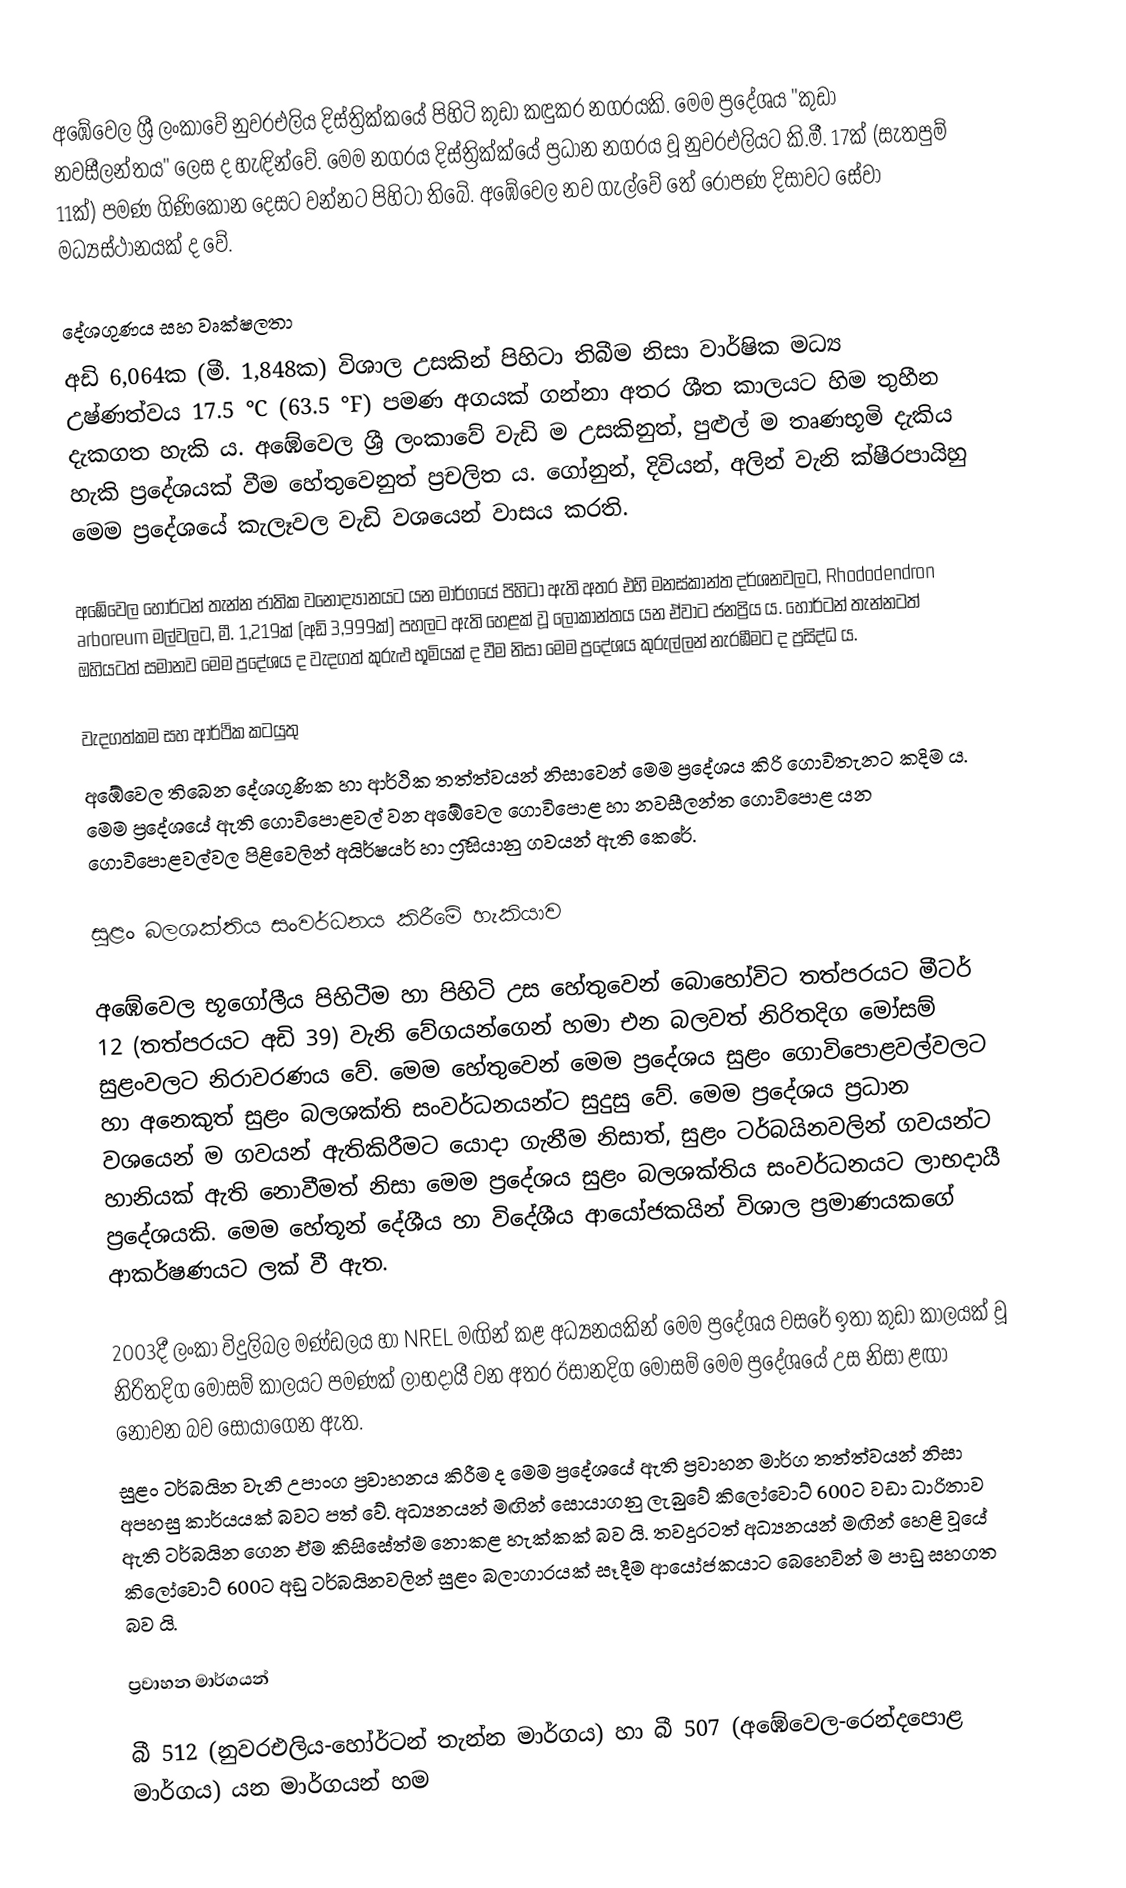
අඹේවෙල ශ්‍රී ලංකාවේ නුවරඑලිය දිස්ත්‍රික්කයේ පිහිටි කුඩා කඳුකර නගරයකි. මෙම ප්‍රදේශය "කුඩා නවසීලන්තය" ලෙස ද හැඳින්වේ. මෙම නගරය දිස්ත්‍රික්ක්යේ ප්‍රධාන නගරය වූ නුවරඑලියට කි.මී. 17ක් (සැතපුම් 11ක්) පමණ ගිණිකොන දෙසට වන්නට පිහිටා තිබේ. අඹේවෙල නව ගැල්වේ තේ රෝපණ දිසාවට සේවා මධ්‍යස්ථානයක් ද වේ.

දේශගුණය සහ වෘක්ෂලතා
අඩි 6,064ක (මී. 1,848ක) විශාල උසකින් පිහිටා තිබීම නිසා වාර්ෂික මධ්‍ය උෂ්ණත්වය 17.5 °C (63.5 °F) පමණ අගයක් ගන්නා අතර ශීත කාලයට හිම තුහීන දැකගත හැකි ය. අඹේවෙල ශ්‍රී ලංකාවේ වැඩි ම උසකිනුත්, පුළුල් ම තෘණභූමි දැකිය හැකි ප්‍රදේශයක් වීම හේතුවෙනුත් ප්‍රචලිත ය. ගෝනුන්, දිවියන්, අලින් වැනි ක්ෂීරපායිහු මෙම ප්‍රදේශයේ කැලෑවල වැඩි වශයෙන් වාසය කරති.

අඹේවෙල හෝර්ටන් තැන්න ජාතික වනෝද්‍යානයට යන මාර්ගයේ පිහිටා ඇති අතර එහි මනස්කාන්ත දර්ශනවලට, Rhododendron arboreum මල්වලට, මී. 1,219ක් (අඩි 3,999ක්) පහලට ඇති හෙළක් වූ ලෝකාන්තය යන ඒවාට ජනප්‍රිය ය. හෝර්ටන් තැන්නටත් ඔහියටත් සමානව මෙම ප්‍රදේශය ද වැදගත් කුරුළු භූමියක් ද වීම නිසා මෙම ප්‍රදේශය කුරුල්ලන් නැරඹීමට ද ප්‍රසිද්ධ ය.

වැදගත්කම සහ ආර්ථික කටයුතු
අඹේවෙල තිබෙන දේශගුණික හා ආර්ථික තත්ත්වයන් නිසාවෙන් මෙම ප්‍රදේශය කිරි ගොවිතැනට කදිම ය. මෙම ප්‍රදේශයේ ඇති ගොවිපොළවල් වන අඹේවෙල ගොවිපොළ හා නවසීලන්ත ගොවිපොළ යන ගොවිපොළවල්වල පිළිවෙලින් අයිර්ෂයර් හා ෆ්‍රීසියානු ගවයන් ඇති කෙරේ.

සුළං බලශක්තිය සංවර්ධනය කිරීමේ හැකියාව

අඹේවෙල භූගෝලීය පිහිටීම හා පිහිටි උස හේතුවෙන් බොහෝවිට තත්පරයට මීටර් 12 (තත්පරයට අඩි 39) වැනි වේගයන්ගෙන් හමා එන බලවත් නිරිතදිග මෝසම් සුළංවලට නිරාවරණය වේ. මෙම හේතුවෙන් මෙම ප්‍රදේශය සුළං ගොවිපොළවල්වලට හා අනෙකුත් සුළං බලශක්ති සංවර්ධනයන්ට සුදුසු වේ. මෙම ප්‍රදේශය ප්‍රධාන වශයෙන් ම ගවයන් ඇතිකිරීමට යොදා ගැනීම නිසාත්, සුළං ටර්බයිනවලින් ගවයන්ට හානියක් ඇති නොවීමත් නිසා මෙම ප්‍රදේශය සුළං බලශක්තිය සංවර්ධනයට ලාභදායී ප්‍රදේශයකි. මෙම හේතූන් දේශීය හා විදේශීය ආයෝජකයින් විශාල ප්‍රමාණයකගේ ආකර්ෂණයට ලක් වී ඇත.

2003දී ලංකා විදුලිබල මණ්ඩලය හා NREL මඟින් කළ අධ්‍යනයකින් මෙම ප්‍රදේශය වසරේ ඉතා කුඩා කාලයක් වූ නිරිතදිග මෝසම් කාලයට පමණක් ලාභදායී වන අතර ඊසානදිග මෝසම් මෙම ප්‍රදේශයේ උස නිසා ළඟා නොවන බව සොයාගෙන ඇත.
සුළං ටර්බයින වැනි උපාංග ප්‍රවාහනය කිරීම ද මෙම ප්‍රදේශයේ ඇති ප්‍රවාහන මාර්ග තත්ත්වයන් නිසා අපහසු කාර්යයක් බවට පත් වේ. අධ්‍යනයන් මඟින් සොයාගනු ලැබුවේ කිලෝවොට් 600ට වඩා ධාරිතාව ඇති ටර්බයින ගෙන ඒම කිසිසේත්ම නොකළ හැක්කක් බව යි. තවදුරටත් අධ්‍යනයන් මඟින් හෙළි වූයේ කිලෝවොට් 600ට අඩු ටර්බයිනවලින් සුළං බලාගාරයක් සෑදීම ආයෝජකයාට බෙහෙවින් ම පාඩු සහගත බව යි.

ප්‍රවාහන මාර්ගයන්

 බී 512 (නුවරඑලිය-හෝර්ටන් තැන්න මාර්ගය) හා බී 507 (අඹේවෙල-රෙන්දපොළ මාර්ගය) යන මාර්ගයන් හම